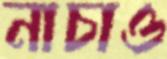
নাচাও